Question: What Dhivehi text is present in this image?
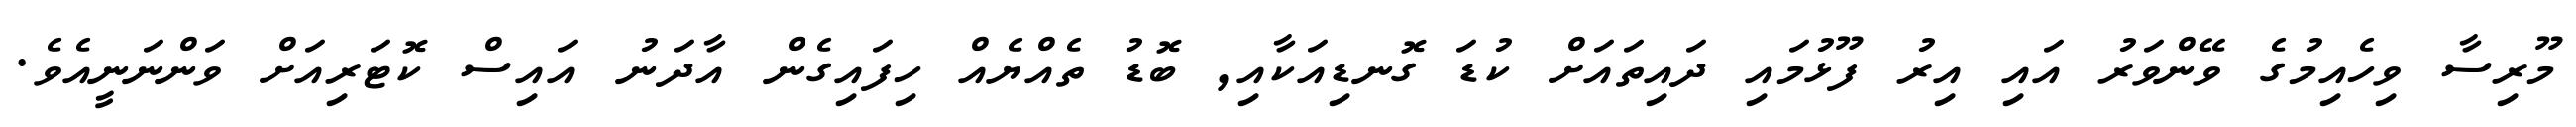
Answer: މޫރިސާ ވިހެއިމުގެ ވޭންވަރު އައި އިރު ފޫޅުމައި ދައިތައަށް ކުޑަ ގޮނޑިއަކާއި, ބޮޑު ތެއްޔެއް ހިފައިގެން އާދަނު އައިސް ކޮޓަރިއަށް ވަންނަނީއެވެ.